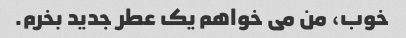
خوب، من می خواهم یک عطر جدید بخرم.